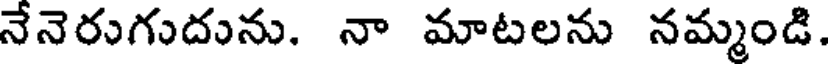
నేనెరుగుదును. నా మాటలను నమ్మండి.